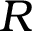
R